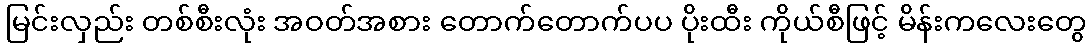
မြင်းလှည်း တစ်စီးလုံး အဝတ်အစား တောက်တောက်ပပ ပိုးထီး ကိုယ်စီဖြင့် မိန်းကလေးတွေ